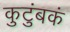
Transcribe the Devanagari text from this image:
कुटुंबकं